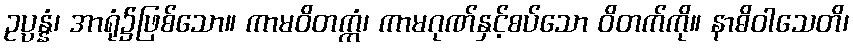
ဥပ္ပန္နံ၊ အာရုံ၌ဖြစ်သော။ ကာမဝိတက္ကံ၊ ကာမဂုဏ်နှင့်စပ်သော ဝိတက်ကို။ နာဓိဝါသေတိ၊